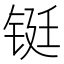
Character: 铤